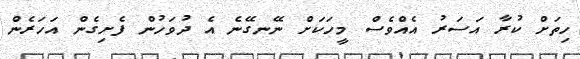
ހިތަށް ކުރާ އަސަރު އެއްވެސް މީހަކަށް ނޭނގޭނެ އެ ދުވަހުން ފެށިގެން އަހަރެން